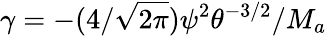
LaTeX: \gamma=-(4/\sqrt{2\pi}){\psi}^{2}\theta^{-3/2}/M_{a}